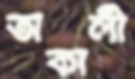
অকালী